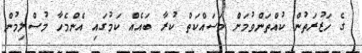
ގެ ހަޒުރަތުން ކުއްތަންވުމަށް މަސައްކަތް ކުރާ ބައެއް ކަމުގައި އެންމެހާ މުސްލިމުން